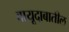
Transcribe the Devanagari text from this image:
वायूदाबातील